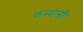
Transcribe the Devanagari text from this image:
कन्वासी